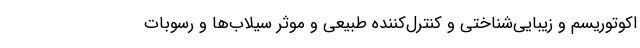
اکوتوریسم و زیبایی‌شناختی و کنترل‌کننده طبیعی و موثر سیلاب‌ها و رسوبات